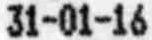
31-01-16